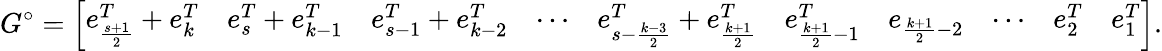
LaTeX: G^{\circ}=\left[\begin{array}{cccccccccc}{e_{\frac{s+1}{2}}^{T}+e_{k}^{T}}&{e_{s}^{T}+e_{k-1}^{T}}&{e_{s-1}^{T}+e_{k-2}^{T}}&{\cdots}&{e_{s-\frac{k-3}{2}}^{T}+e_{\frac{k+1}{2}}^{T}}&{e_{\frac{k+1}{2}-1}^{T}}&{e_{\frac{k+1}{2}-2}}&{\cdots}&{e_{2}^{T}}&{e_{1}^{T}}\end{array}\right].